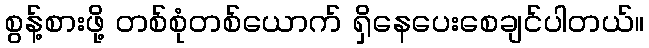
စွန့်စားဖို့ တစ်စုံတစ်ယောက် ရှိနေပေးစေချင်ပါတယ်။